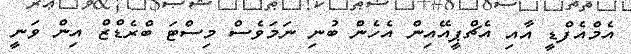
އެމްއެފްޑީ އާއި އެޗްޕީއޭއިން އެހެން ބުނި ނަމަވެސް މިސްޓަ ބްރެޑްޒް އިން ވަނީ